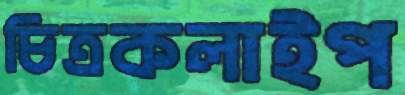
চিত্রকলাইপ